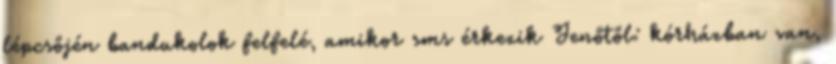
lépcsőjén bandukolok felfelé, amikor sms érkezik Jenőtől: kórházban van,